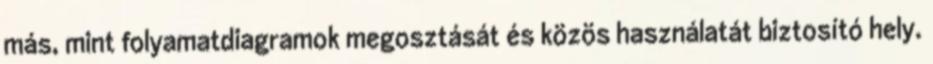
más, mint folyamatdiagramok megosztását és közös használatát biztosító hely.